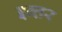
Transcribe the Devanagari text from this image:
इन्तर